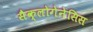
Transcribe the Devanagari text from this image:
सैक्लोगेनेसिस